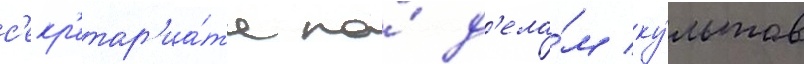
с'екр'етар'иа́та по́ д'ела́м ку́льтов